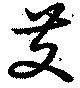
芆